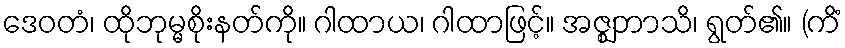
ဒေဝတံ၊ ထိုဘုမ္မစိုးနတ်ကို။ ဂါထာယ၊ ဂါထာဖြင့်။ အဇ္ဈဘာသိ၊ ရွတ်၏။ (ကိံ